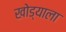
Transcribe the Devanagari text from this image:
खोड्याला